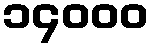
၁၄၀၀၀